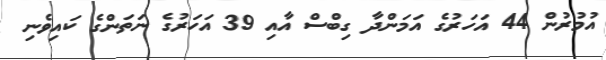
އުމުރުން 44 އަހަރުގެ އަމަންދާ ގިބްސް އާއި 39 އަހަރުގެ ނަތަންގެ ކައިވެނި